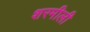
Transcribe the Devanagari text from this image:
शरमीली